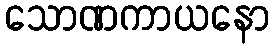
သောဏကာယနော